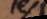
les